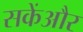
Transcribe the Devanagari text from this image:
सकेंऔर